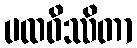
ပထဝိဿိတာ